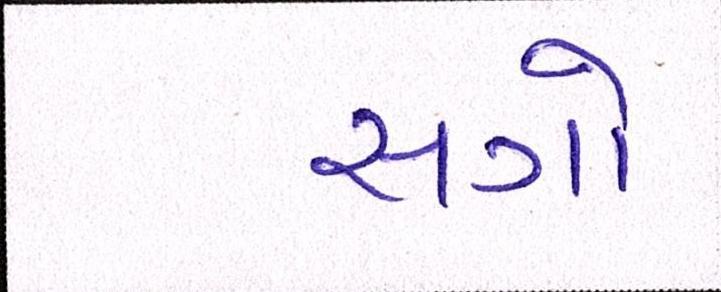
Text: સગો